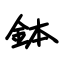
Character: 钵